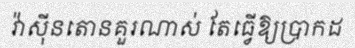
វ៉ាស៊ីនតោនគួរណាស់ តែធ្វើឱ្យប្រាកដ